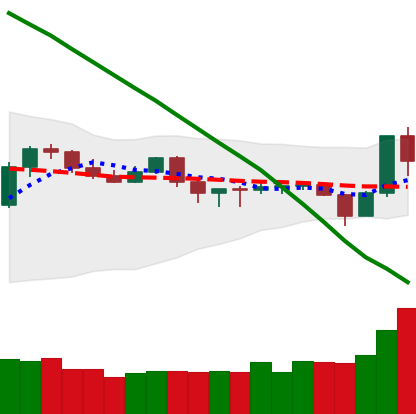
Ticker: TRX-USD
Chart end date: 2019-10-26
Forward return: 19.998%
Label: up_7plus